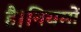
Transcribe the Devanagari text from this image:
है।नियमों